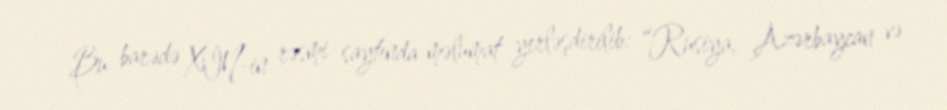
Bu barədə XİN-in rəsmi saytında məlumat yerləşdirilib: “Rusiya, Azərbaycan və